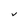
Character: V